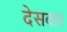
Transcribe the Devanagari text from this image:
देसवार